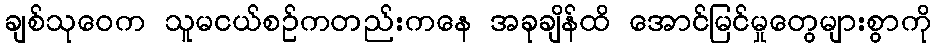
ချစ်သုဝေက သူမငယ်စဉ်ကတည်းကနေ အခုချိန်ထိ အောင်မြင်မှုတွေများစွာကို